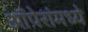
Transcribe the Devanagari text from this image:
ऑपेरांमध्ये